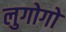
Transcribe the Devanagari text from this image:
लुगोगो